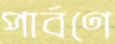
পার্বণে